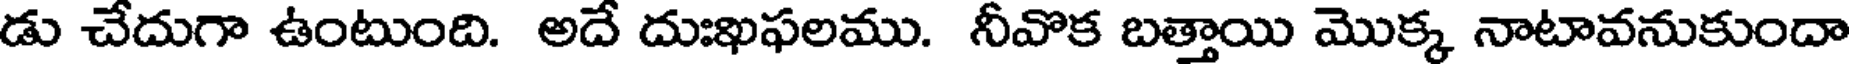
డు చేదుగా ఉంటుంది. అదే దుఃఖఫలము. నీవొక బత్తాయి మొక్క నాటావనుకుందా